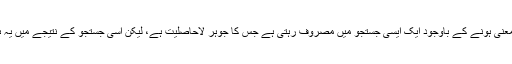
زندگی کا سب سے بڑا تضاد یہ ہے کہ یہ بے معنی ہونے کے باوجود ایک ایسی جستجو میں مصروف رہتی ہے جس کا جوہر لاحاصلیت ہے، لیکن اسی جستجو کے نتیجے میں یہ ہمیں تخلیقی تجربے سے سرشار بھی کرتی ہے۔